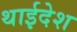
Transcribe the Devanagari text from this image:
थाईदेश